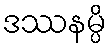
ဒဿနမ္ပိ